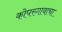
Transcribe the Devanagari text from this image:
कोपरगावाचा